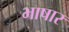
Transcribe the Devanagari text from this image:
भाषार